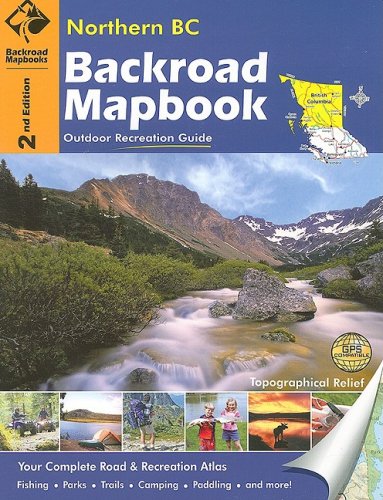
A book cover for Northern BC (Backroad Mapbooks); Russell Mussio; Travel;